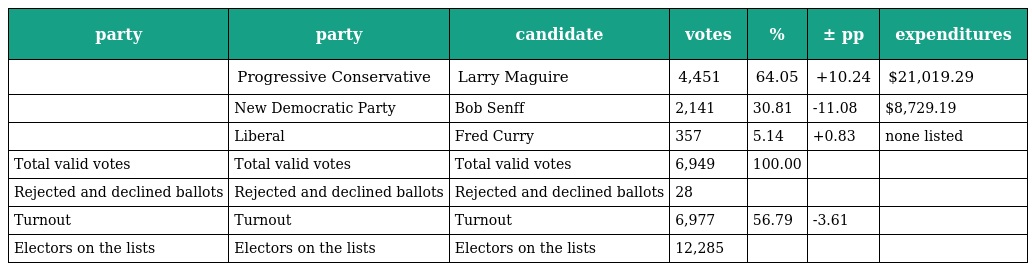
| party | party | candidate | votes | % | ± pp | expenditures |
 | --- | --- | --- | --- | --- | --- | --- |
 |  | Progressive Conservative | Larry Maguire | 4,451 | 64.05 | +10.24 | $21,019.29 |
 |  | New Democratic Party | Bob Senff | 2,141 | 30.81 | -11.08 | $8,729.19 |
 |  | Liberal | Fred Curry | 357 | 5.14 | +0.83 | none listed |
 | Total valid votes | Total valid votes | Total valid votes | 6,949 | 100.00 |  |  |
 | Rejected and declined ballots | Rejected and declined ballots | Rejected and declined ballots | 28 |  |  |  |
 | Turnout | Turnout | Turnout | 6,977 | 56.79 | -3.61 |  |
 | Electors on the lists | Electors on the lists | Electors on the lists | 12,285 |  |  |  |